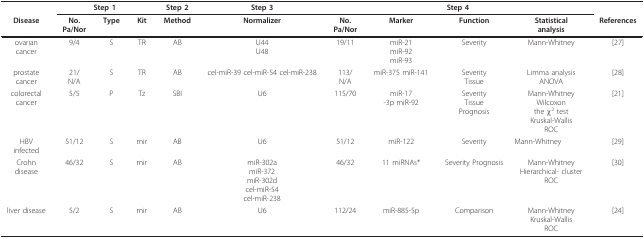
|  | <COLSPAN=3> Step 1 | Step 2 | Step 3 | <COLSPAN=4> Step 4 |  |
 | Disease | No.Pa/Nor | Type | Kit | Method | Normalizer | No.Pa/Nor | Marker | Function | Statisticalanalysis | References |
 | --- | --- | --- | --- | --- | --- | --- | --- | --- | --- | --- |
 | ovariancancer | 9/4 | S | TR | AB | U44U48 | 19/11 | miR-21miR-92miR-93 | Severity | Mann-Whitney | [27] |
 | prostatecancer | 21/N/A | S | TR | AB | cel-miR-39 cel-miR-54 cel-miR-238 | 113/N/A | miR-375 miR-141 | SeverityTissue | Limma analysisANOVA | [28] |
 | colorectalcancer | 5/5 | P | Tz | SBI | U6 | 115/70 | miR-17-3p miR-92 | SeverityTissuePrognosis | Mann-WhitneyWilcoxonthe χ2 testKruskal-WallisROC | [21] |
 | HBVinfected | 51/12 | S | mir | AB | U6 | 51/12 | miR-122 | Severity | Mann-Whitney | [29] |
 | Crohndisease | 46/32 | S | mir | AB | miR-302amiR-372miR-302dcel-miR-54cel-miR-238 | 46/32 | 11 miRNAs* | Severity Prognosis | Mann-WhitneyHierarchical- clusterROC | [30] |
 | liver disease | 5/2 | S | mir | AB | U6 | 112/24 | miR-885-5p | Comparison | Mann-WhitneyKruskal-WallisROC | [24] |